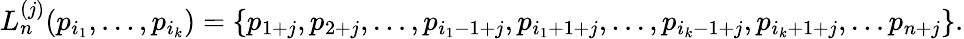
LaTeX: L_{n}^{(j)}(p_{i_{1}},\ldots,p_{i_{k}})=\{ p_{1+j},p_{2+j},\ldots,p_{i_{1}-1+j},p_{i_{1}+1+j},\ldots,p_{i_{k}-1+j},p_{i_{k}+1+j},\ldots p_{n+j}\} .